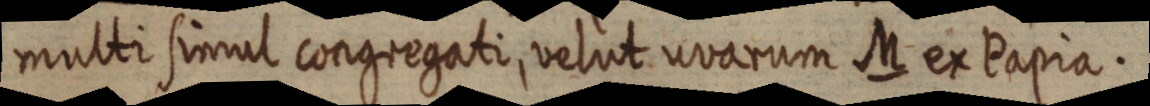
multi simul congregati, velut uvarum M ex Papia.